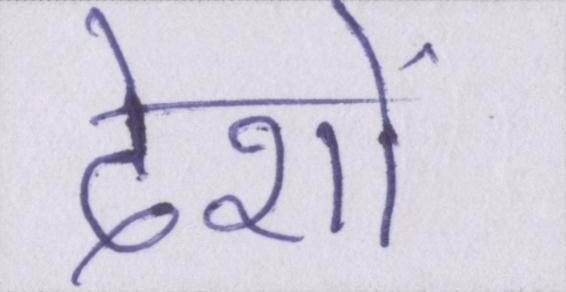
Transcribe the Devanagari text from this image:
देशों